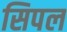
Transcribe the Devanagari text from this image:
सिपल